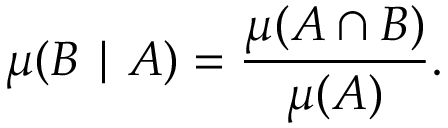
\mu ( B \mid A ) = { \frac { \mu ( A \cap B ) } { \mu ( A ) } } .